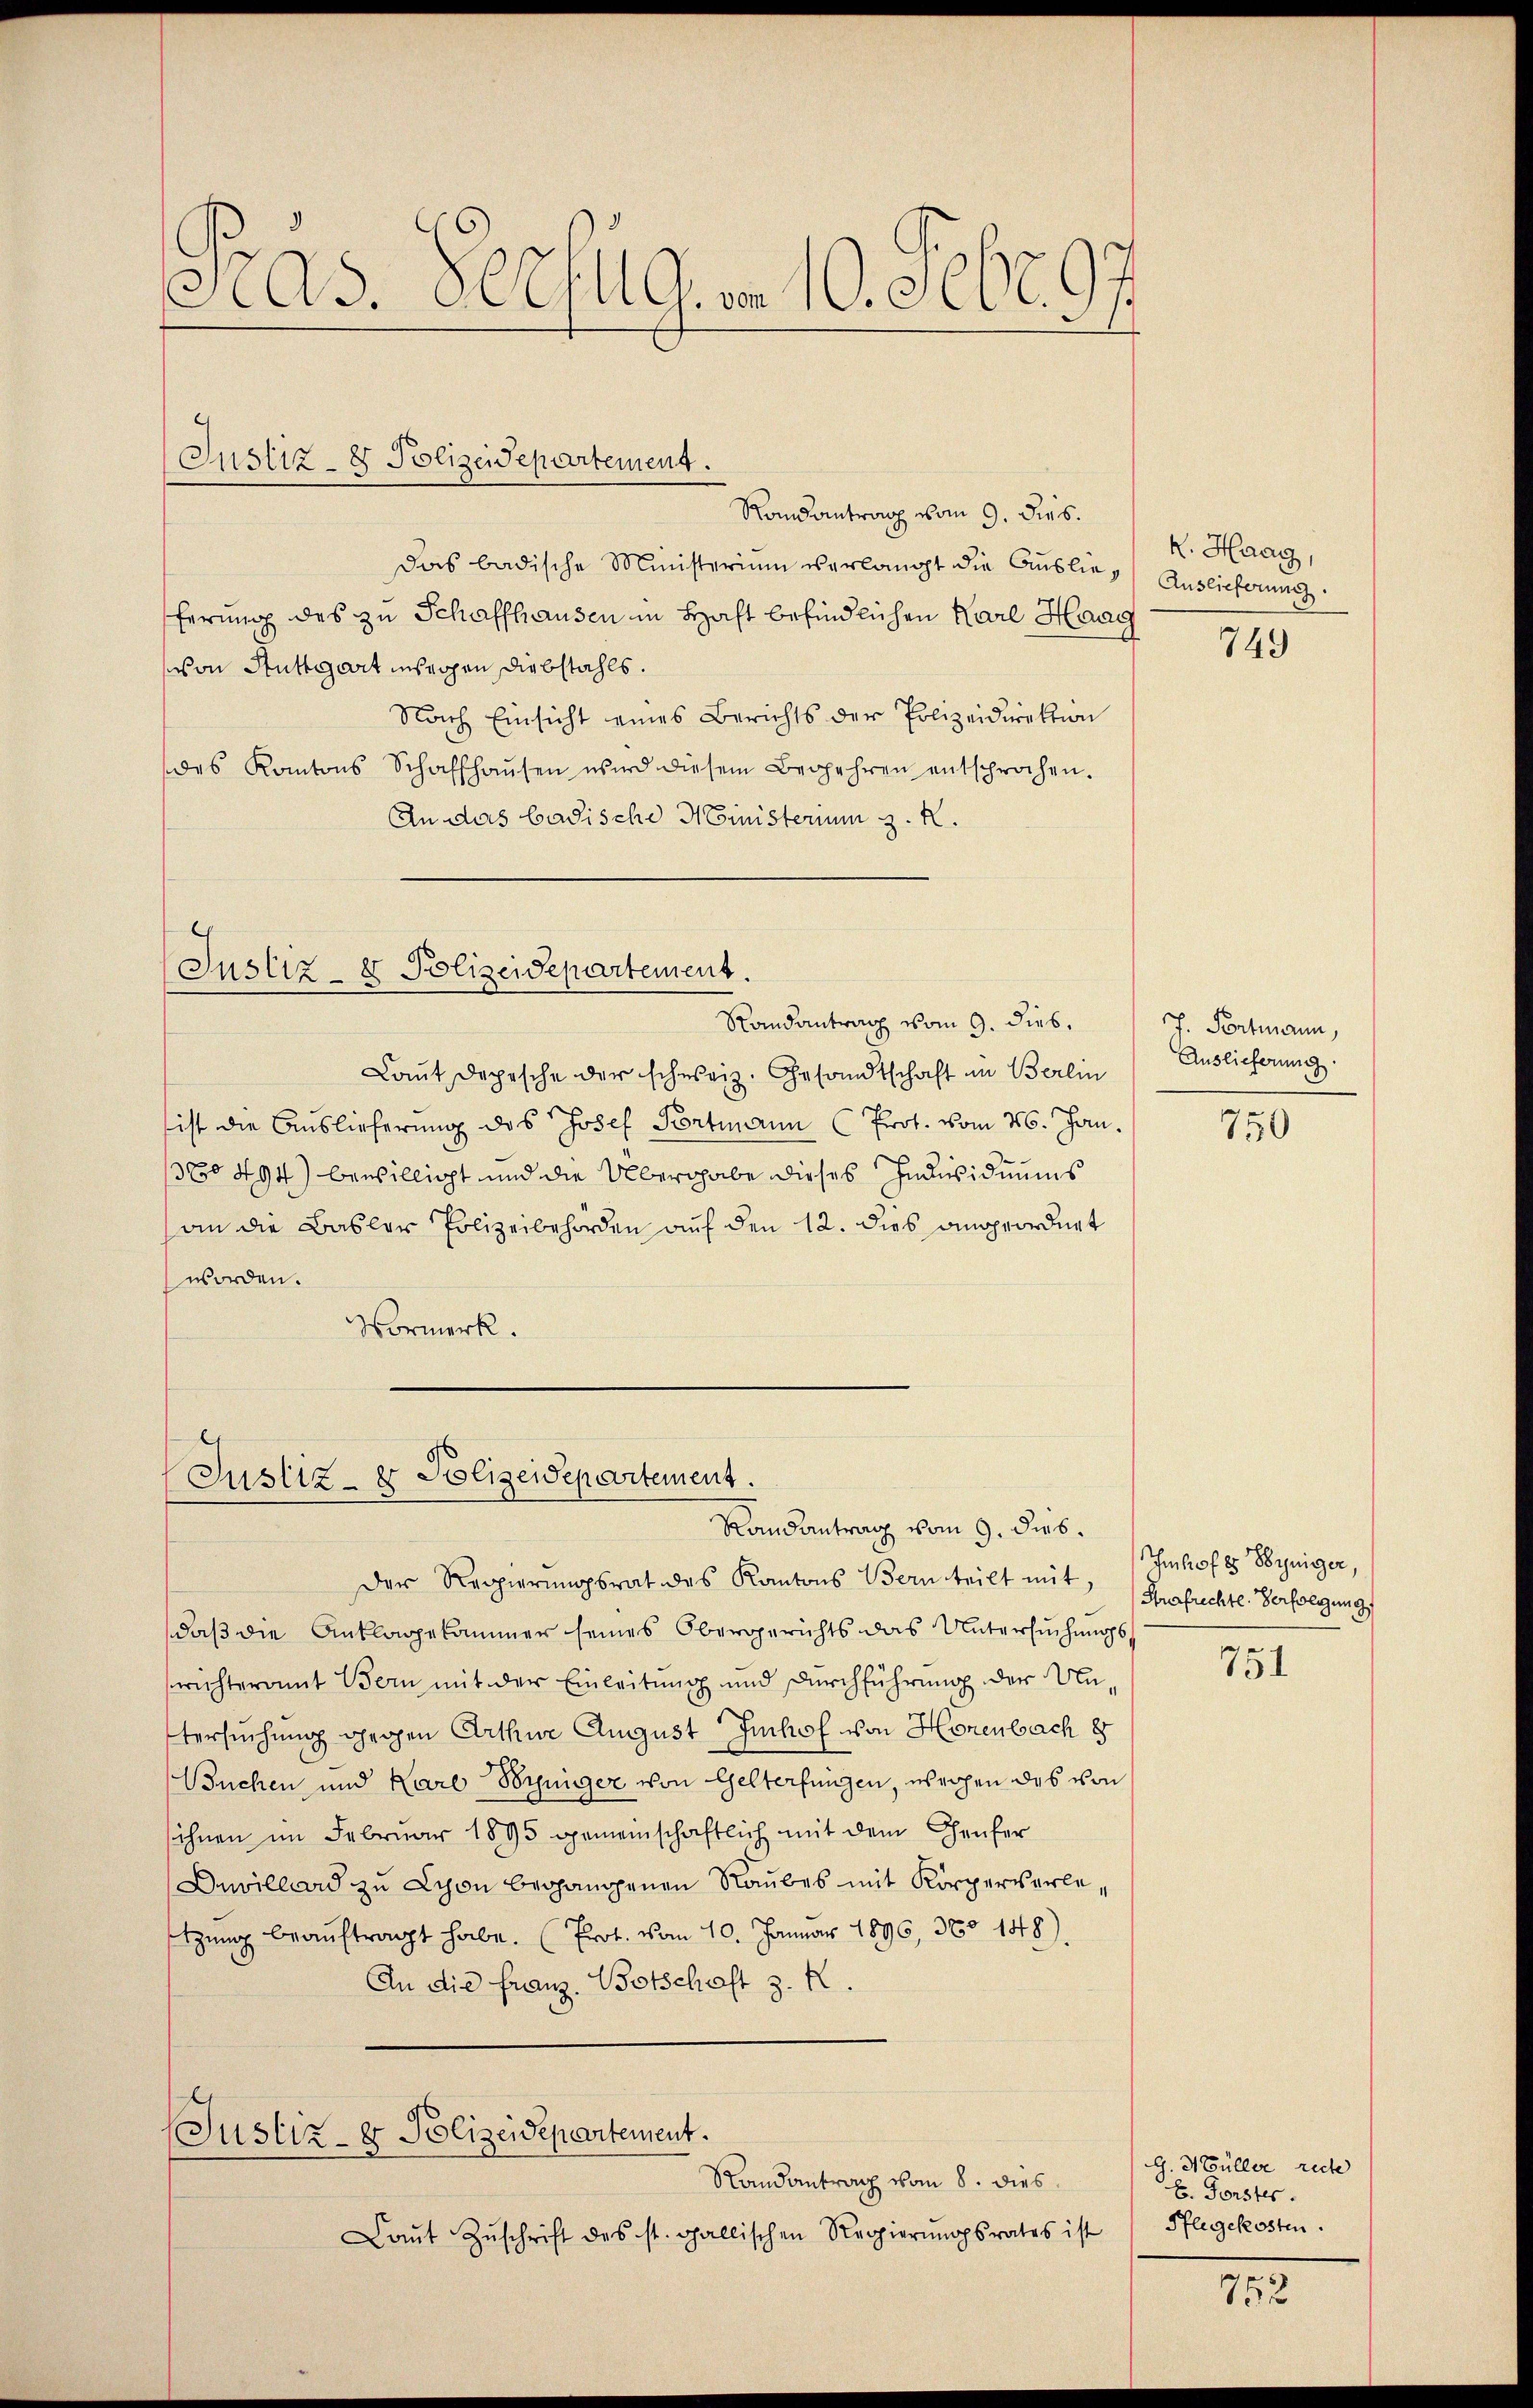
Pras. Decfug. a. 10. Febr. 97

Randantrag vom 9. dies.
Das badische Ministerium verlangt die Auslief Auslieferung.
ferung des zu Schaffhausen in Haft befindlichen Karl Haar
von Stuttgart inseigen Diebstahls.
Nach Einsicht eines Berichts der Polizeidirektion
des Kantons Schaffhaŭsen wird diesem Begehren entsprochen.
An das badische Ministerium z. R.

Justiz- & Polizeidepartement.

Justiz- & Polizeidepartement.
Randantrag vom 9. Dieb.

Laut Depesche der schweiz. Gesandtschaft in Berlin
ist die Auslieferung des Josef Portmann (Prot. vom 26. Jan.
1380 494) bewilligt und die Übergabe dieses Individuums
an die Basler Polizeibehörden auf den 12. dies angeordnet
worden.
Normerk.

Justiz- & Polizeidepartement.
Randantrag vom 9. dies.

(Justiz- & Polizeidepartement.
Randantrag vom 8. dies

Laŭt Zŭschrift des st. gallischen Regierŭngsrates ist

Der Regierungsrat des Kantons Bern teilt mit Versuchtl. Verfolgung
daß die Anklagekammer seines Obergerichts das Untersuchungswichteramt Bern mit der Einleitung und Durchführung der Untersuchung gegen Arthur August Imhof von Horenbach 8
Buchen und Karl Borniger von Gelterfungen, welchen das von
ihnen im Februar 1895 gemeinschaftlich mit dem Heufer
Duvillard zu Schon begangenen Raubes mit Körperverle,
setzung beauftragt habe. (Prot. vom 10. Januar 1896, 360 148).
An die Franz. Botschaft 3. K

R. Haag,

749

J. Portmann,
Auslieferung.

750

Imhofes Berniger,

751

G. Müller recte
E. Forster.
Pflegekosten.

752